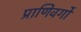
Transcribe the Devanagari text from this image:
प्राणिवर्गों